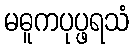
မဓူကပုပ္ဖရသံ